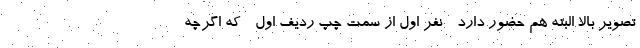
تصویر بالا البته هم حضور دارد - نفر اول از سمت چپ ردیف اول - که اگرچه